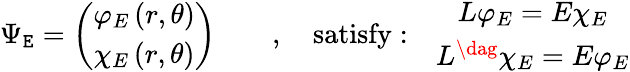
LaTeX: \Psi_{\mathtt{E}}=\left(\begin{array}{c}{{\varphi_{E}\left(r,\theta\right)}}\\ {{\chi_{E}\left(r,\theta\right)}}\end{array}\right)\qquad,\quad\mathrm{{satisfy:}}\quad\begin{array}{c}{{L\varphi_{E}=E\chi_{E}}}\\ {{L^{\dag}\chi_{E}=E\varphi_{E}}}\end{array}